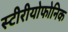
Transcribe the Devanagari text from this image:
स्टीरीयोफोनिक